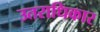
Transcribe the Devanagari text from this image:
उतराधिकार